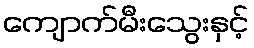
ကျောက်မီးသွေးနှင့်